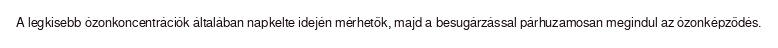
A legkisebb ózonkoncentrációk általában napkelte idején mérhetők, majd a besugárzással párhuzamosan megindul az ózonképződés.